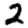
Digit: 2